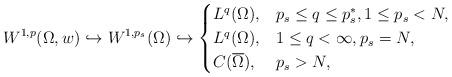
LaTeX: \begin{align*} W^{1,p}(\Omega,w)\hookrightarrow W^{1,p_s}(\Omega)\hookrightarrow \begin{cases} L^q(\Omega),& p_s\leq q\leq p_s^{*}, 1\leq p_s<N, \\ L^q(\Omega),& 1\leq q< \infty, p_s=N, \\ C(\overline{\Omega}),& p_s>N,\end{cases}\end{align*}